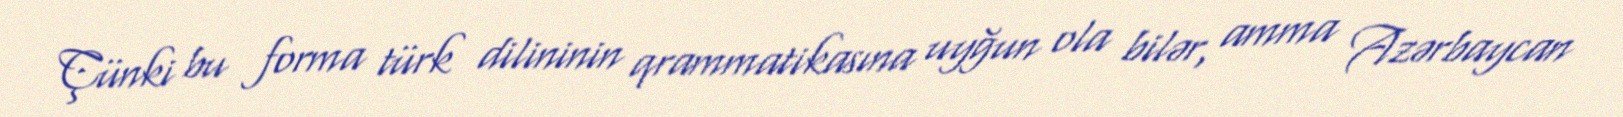
Çünki bu forma türk dilininin qrammatikasına uyğun ola bilər, amma Azərbaycan